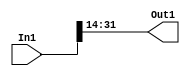
module controllerHdl_Convert_Data_Type_block
          (
           In1,
           Out1
          );
  input   signed [31:0] In1;  
  output  signed [17:0] Out1;  
  wire signed [17:0] Data_Type_Conversion_out1;  
  assign Data_Type_Conversion_out1 = In1[31:14];
  assign Out1 = Data_Type_Conversion_out1;
endmodule